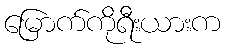
မြောက်ကိုရီးယားက